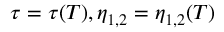
\tau = \tau ( T ) , \eta _ { 1 , 2 } = \eta _ { 1 , 2 } ( T )